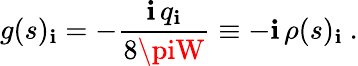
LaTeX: g(s)_{\mathbf{i}}=-\frac{{\mathbf{i}\, q_{\mathbf{i}}}}{{8\piW}}\equiv-\mathbf{i}\, \rho(s)_{\mathbf{i}}~.